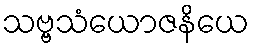
သဗ္ဗသံယောဇနိယေ